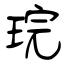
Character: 琓